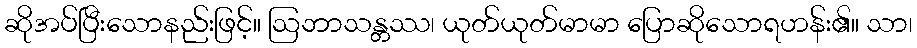
ဆိုအပ်ပြီးသောနည်းဖြင့်။ ဩဘာသန္တဿ၊ ယုတ်ယုတ်မာမာ ပြောဆိုသောရဟန်း၏။ သာ၊